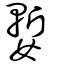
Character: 㜞